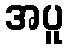
အပူ